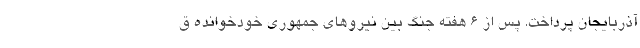
آذربایجان پرداخت. پس از 6 هفته جنگ بین نیروهای جمهوری خودخوانده ق